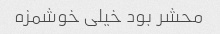
محشر بود خیلی خوشمزه